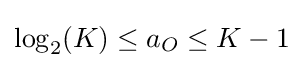
\log _{2}(K)\leq a_{O}\leq K-1